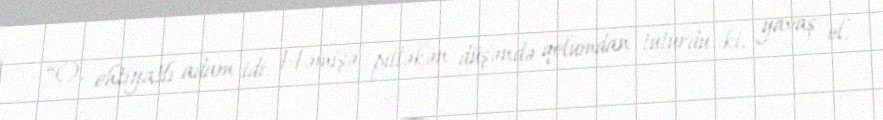
“O, ehtiyatlı adam idi. Həmişə pilləkən düşəndə qolumdan tuturdu ki, yavaş ol,